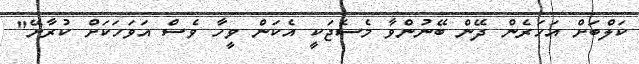
ކަލްބަށް އަހަރެން ދޭން ބޭނުންވާ މެސެޖަކީ އެކަން ވީހާ ވެސް އަވަހަކަށް ކުރާށޭ"